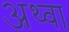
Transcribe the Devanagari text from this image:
अथ्‍वा